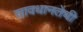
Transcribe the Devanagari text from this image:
सावधानतेची